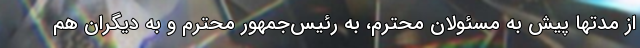
از مدتها پیش به مسئولان محترم، به رئیس‌جمهور محترم و به دیگران هم